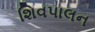
શિવપાલન